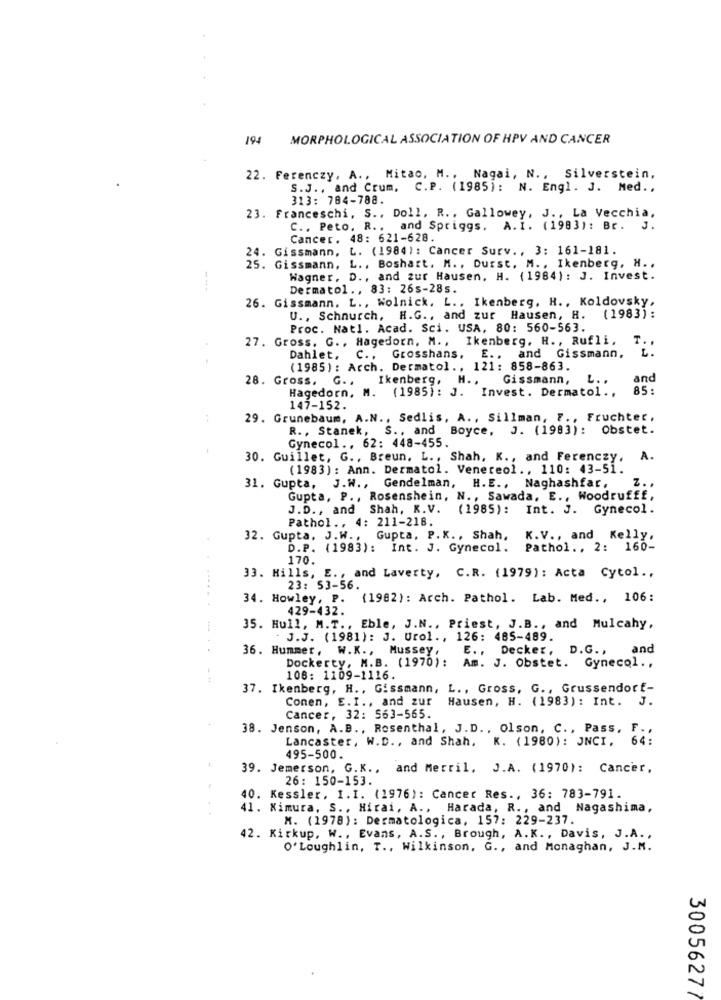
194
MORPHOLOGICAL ASSOCIATION OF HPV AND CANCER
22. Ferenczy, A ., Mitao, M .. Nagai, N ., Silverstein,
S.J ., and Crum, C.P. (1985): N. Engl. J. Med .,
313: 784-788.
23. Franceschi, S ., Doll, R ., Gallowey, J ., La Vecchia,
C ., Peto. R ., and Spriggs. A.I. (1983): Br. J.
Cancer. 48: 621-628.
24. Gissmann, L. (1984): Cancer Surv ., 3: 161-181.
25. Gissmann, L ., Boshart. M ., Durst. M ., Ikenberg, H ..
Wagner, D ., and zur Hausen, H. (1984): J. Invest.
Dermatol ., 83: 26s-28s.
26. Gissmann. L ., Wolnick. L ., Ikenberg. H ., Koldovsky,
U ., Schnurch, H.G ., and zur Hausen, H.
(1983) :
Proc. Natl. Acad. Sci. USA, 80: 560-563.
27. Gross. G ., Hagedorn, M ., Ikenberg. H ., Rufli,
T ..
4 .
Dahlet. C ., Grosshans. E ., and Gissmann,
(1985) : Arch. Dermatol ., 121: 858-863.
28. Gross. G .,
Ikenberg, H .,
Gissmann,
and
Hagedorn, M. (1985): J. Invest. Dermatol .,
85:
147-152.
29. Grunebaum, A.N ., Sedlis, A ., Sillman, F ., Fruchter,
R ., Stanek, S ., and Boyce, J. (1983): Obstet.
Gynecol ., 62: 448-455.
30. Guillet, G ., Breun. L ., Shah, K ., and Ferenczy,
A.
(1983): Ann. Dermatol. Venereol ., 110: 43-51.
31. Gupta, J.W ., Gendelman, H.E ., Naghashfar,
Z. .
Gupta, P ., Rosenshein, N ., Sawada, E ., Woodrufff,
J.D ., and Shah, K.V.
(1985): Int. J. Gynecol.
Pathol .. 4: 211-218.
32. Gupta, J.W ., Gupta. P.K ., Shah, K.V ., and Kelly,
D.P. (1983): Int. J. Gynecol.
Pathol .. 2: 160-
170.
33. Hills, E ., and Laverty, C.R. (1979): Acta Cytol .,
23: 53-56.
34. Howley, P. (1982): Arch. Pathol. Lab. Med ., 106:
429-432.
35. Hull, M.T ., Eble, J.N ., Priest, J.B ., and Mulcahy,
J.J. (1981): J. Urol ., 126: 485-489.
36. Hummer, W.K ., Mussey,
E ., Decker, D.G ., and
Dockerty, M.B. (1970): Am. J. Obstet. Gynecol .,
108: 1109-1116.
37. Ikenberg, H ., Gissmann, L ., Gross, G ., Grussendort-
Conen, E.I ., and zur
Hausen, H. (1983): Int. J.
Cancer, 32: 563-565.
38. Jenson, A.B ., Rosenthal, J.D ., Olson, C ., Pass,
F.
Lancaster, W.D ., and Shah, K. (1980): JNCI,
64
495-500.
39. Jemerson, G.K ., and Merril, J.A. (1970): Cancer,
26: 150-153.
40. Kessler, I.I. (1976): Cancer Res ., 36: 783-791.
41. Kimura, S ., Hirai, A ., Harada, R ., and Nagashima,
M. (1978): Dermatologica, 157: 229-237.
42. Kirkup, W ., Evans, A.S ., Brough, A.K ., Davis, J.A. ,
O'Loughlin, T ., Wilkinson, G ., and Monaghan, J.M.
30056277